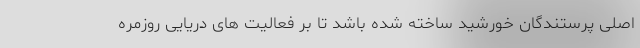
اصلی پرستندگان خورشید ساخته شده باشد تا بر فعالیت های دریایی روزمره